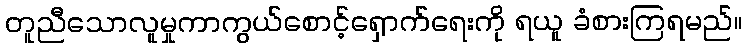
တူညီသောလူမှုကာကွယ်စောင့်ရှောက်ရေးကို ရယူ ခံစားကြရမည်။